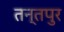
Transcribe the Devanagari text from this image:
तन्तपुर